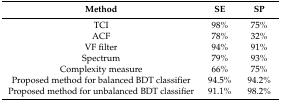
<table><thead><tr><td><b>Method</b></td><td><b>SE</b></td><td><b>SP</b></td></tr></thead><tbody><tr><td>TCI</td><td>98%</td><td>75%</td></tr><tr><td>ACF</td><td>78%</td><td>32%</td></tr><tr><td>VF filter</td><td>94%</td><td>91%</td></tr><tr><td>Spectrum</td><td>79%</td><td>93%</td></tr><tr><td>Complexity measure</td><td>66%</td><td>75%</td></tr><tr><td>Proposed method for balanced BDT classifier</td><td>94.5%</td><td>94.2%</td></tr><tr><td>Proposed method for unbalanced BDT classifier</td><td>91.1%</td><td>98.2%</td></tr></tbody></table>